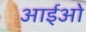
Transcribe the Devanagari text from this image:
आईओ